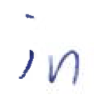
Text: in
Cross-out: clean
Writing tool: ballpoint